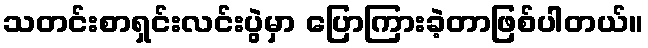
သတင်းစာရှင်းလင်းပွဲမှာ ပြောကြားခဲ့တာဖြစ်ပါတယ်။